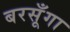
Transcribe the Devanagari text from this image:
बरसूँगा